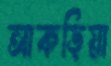
আকড়িয়া